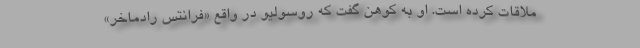
ملاقات کرده است. او به کوهن گفت که روسولیو در واقع «فرانتس رادماخر»